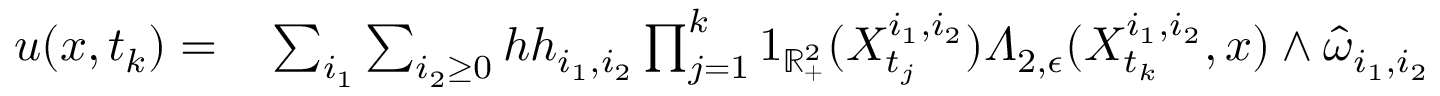
\begin{array} { r l } { u ( x , t _ { k } ) = } & { { } \sum _ { i _ { 1 } } \sum _ { i _ { 2 } \geq 0 } h h _ { i _ { 1 } , i _ { 2 } } \prod _ { j = 1 } ^ { k } 1 _ { \mathbb { R } _ { + } ^ { 2 } } ( X _ { t _ { j } } ^ { i _ { 1 } , i _ { 2 } } ) \varLambda _ { 2 , \epsilon } ( X _ { t _ { k } } ^ { i _ { 1 } , i _ { 2 } } , x ) \wedge \hat { \omega } _ { i _ { 1 } , i _ { 2 } } } \end{array}